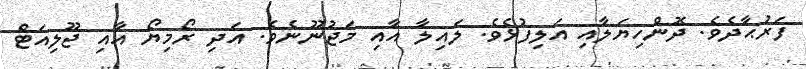
ފަރުޙާދެވެ. ދޮންހިޔަލާއި އަލިފުޅެވެ. ލައިލާ އާއި މަޖުނޫނެވެ. އަދި ރޯމިޔޯ އާއި ޖޫލިއަޓް